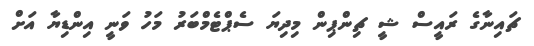
ޗައިނާގެ ރައީސް ޝީ ޗިންޕިން މިދިޔަ ސެޕްޓެމްބަރު މަހު ވަނީ އިންޑިޔާ އަށް